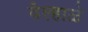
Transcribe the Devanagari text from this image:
वेल्हाळे